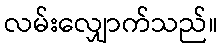
လမ်းလျှောက်သည်။